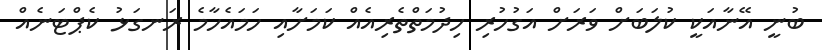
ބުނީ އޭނާއަކީ ކުލަބަށް ވަރަށް އަގުހުރި ހިދުމަތްތެރިއެއް ކަމަށާއި ހަމައެހާމެ ރަނގަޅު ކެޕްޓަނެއް